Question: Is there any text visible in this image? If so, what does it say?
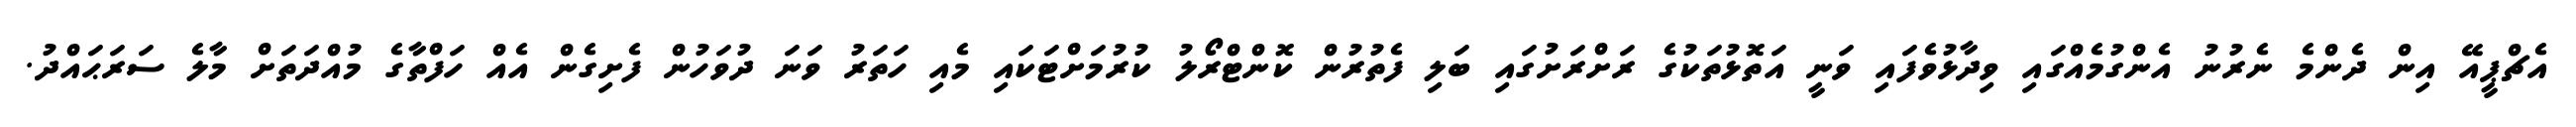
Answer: އެޗްޕީއޭ އިން ދެންމެ ނެރުނު އެންގުމެއްގައި ވިދާޅުވެފައި ވަނީ އަތޮޅުތަކުގެ ރަށްރަށުގައި ބަލި ފެތުރުން ކޮންޓްރޯލު ކުރުމަށްޓަކައި މެއި ހަތަރު ވަނަ ދުވަހުން ފެށިގެން އެއް ހަފްތާގެ މުއްދަތަށް މާލެ ސަރަޙައްދު.